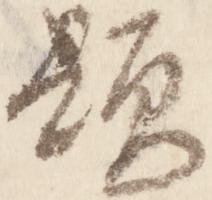
顕